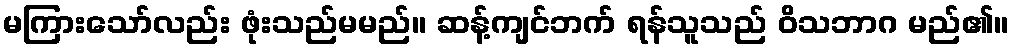
မကြားသော်လည်း ဖုံးသည်မမည်။ ဆန့်ကျင်ဘက် ရန်သူသည် ဝိသဘာဂ မည်၏။